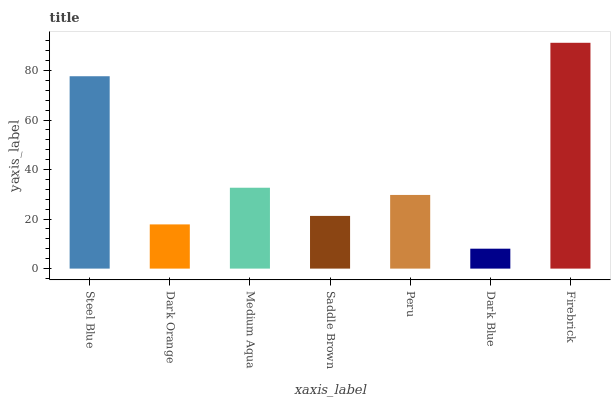
| xaxis_label | bars |
 | --- | --- |
 | Steel Blue | 77.7 |
 | Dark Orange | 17.8 |
 | Medium Aqua | 32.7 |
 | Saddle Brown | 21.3 |
 | Peru | 29.7 |
 | Dark Blue | 8.04 |
 | Firebrick | 91.2 |